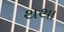
થથા